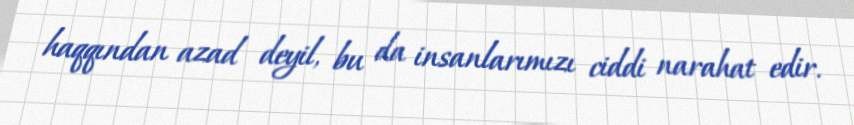
haqqından azad deyil, bu da insanlarımızı ciddi narahat edir.